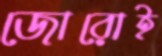
জোরোই